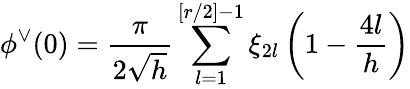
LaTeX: \phi^{\vee}(0)=\frac{\pi}{2\sqrt{h}}\sum_{l=1}^{[r/2]-1}\xi_{2l}\left(1-\frac{4l}{h}\right)